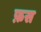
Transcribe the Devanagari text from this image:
फ़स